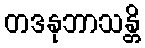
တဒနုဘာသန္တိ